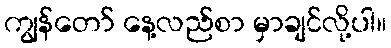
ကျွန်တော် နေ့လည်စာ မှာချင်လို့ပါ။